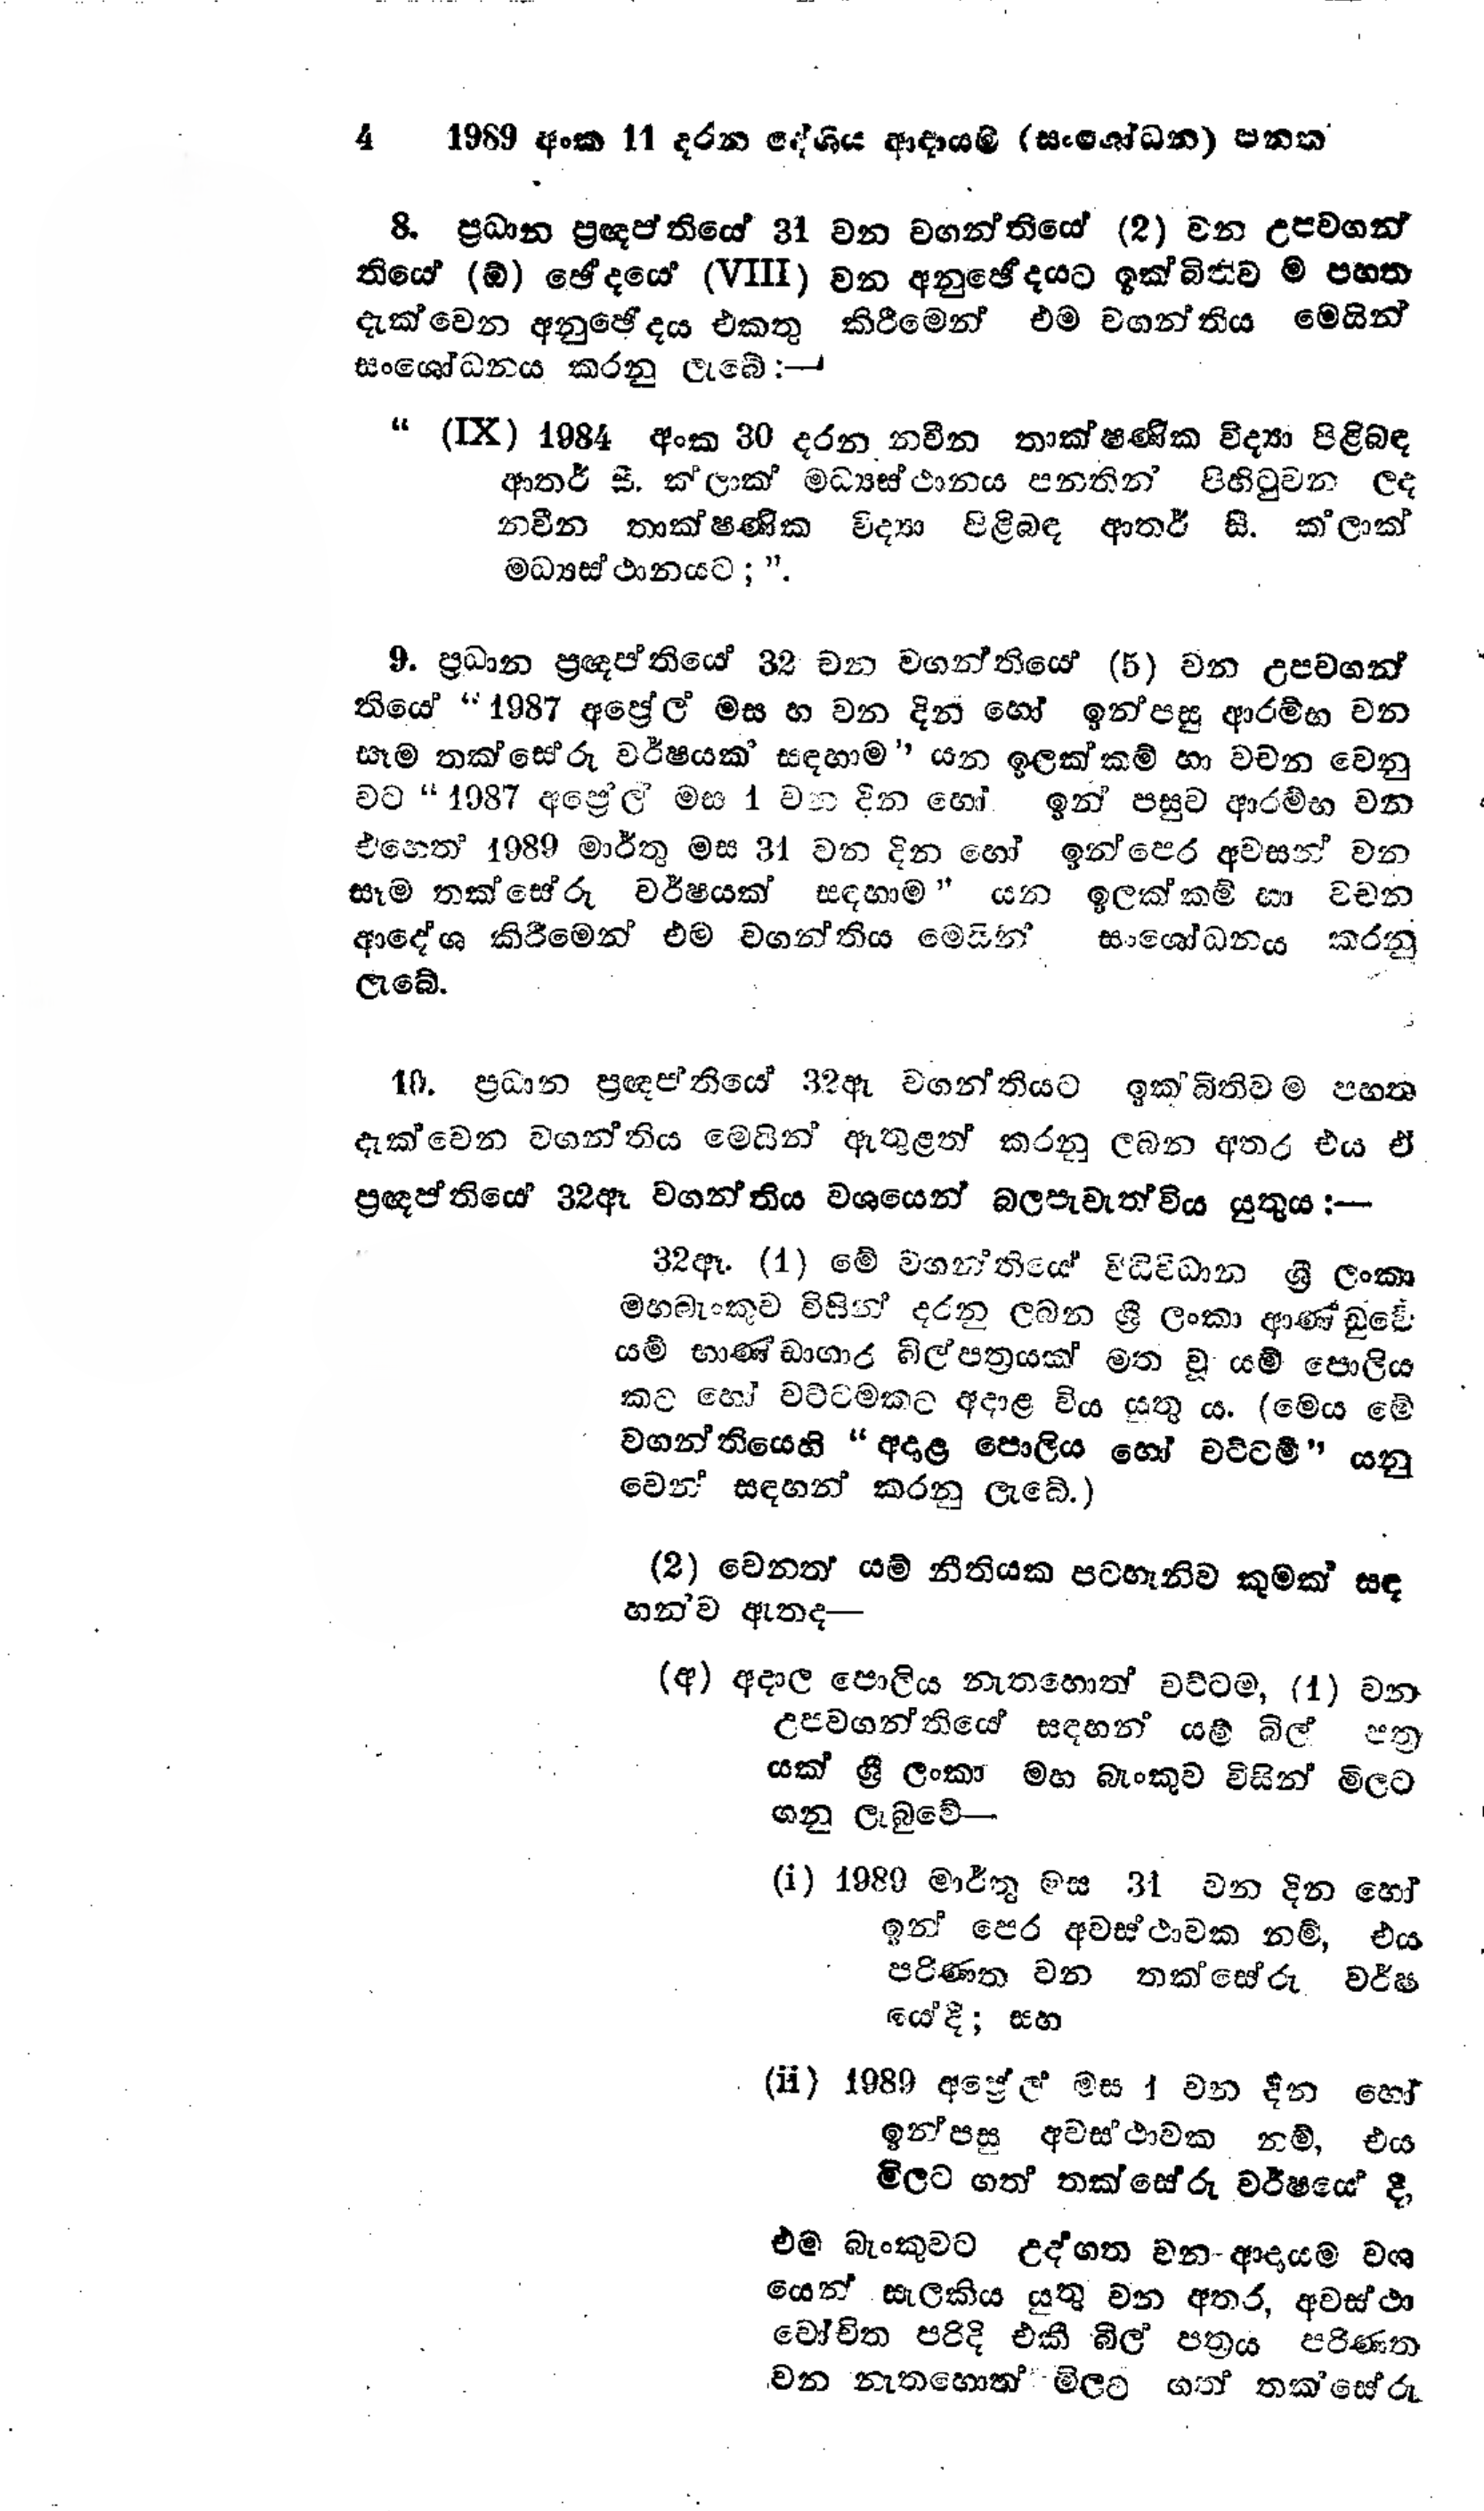
4 1989 අංක 11 දරන දේශීය ආදායම් (සංශෝධන) පනත

8. ප්‍රධාන ප්‍රඥප්තියේ 32 වන වගන්තියේ (2) වන උපවගන්
තියේ ( ඕ) ඡේදයේ (VIII) වන අනුඡේදයට ඉක්බිතිව ම පහත
දැක්වෙන අනුඡේදය එකතු කිරීමෙන් එම වගන්තිය මෙයින්
සංශෝධනය කරනු ලැබේ:-

" (IX) 1984 අංක 30 දරන නවීන තාක්ෂණික විද්‍යා පිළිබඳ
ආතර් සී. ක්ලාක් මධ්‍යස්ථානය පනතින් පිහිටුවන ලද
නවීන තාක්ෂණික විද්‍යා පිළිබඳ ආතර් සී. ක්ලාක්
මධ්‍යස්ථානයට; "

9. ප්‍රධාන ප්‍රඥප්තියේ 32 වන වගන්තියෙ (5) වන උපවගන්
තියෙ "1987 අප්‍රේල් මස හ වන දින හෝ ඉන්පසු ආරම්භ වන
සෑම තක්සේරු වර්ෂයක් සඳහාම " යන ඉලක්කම් හා වචන වෙනු
වට “1987 අප්‍රේල් මස 1 වන දින හෝ ඉන් පසුව ආරම්භ වන
එහෙත් 1989 මාර්තු මස 31 වන දින හෝ ඉන් පෙර අවසන් වන
සෑම තක්සේරු වර්ෂයක් සඳහාම" යන ඉලක්කම් හා වචන
ආදේශ කිරීමෙන් එම වගන්තිය මෙයින් සංශෝධනය කරනු
ලැබේ.

10. ප්‍රධාන ප්‍රඥප්තියේ 32 ඇ වගන්තියට ඉකබිතිවම පහත
දැක්වෙන වගන්තිය මෙයින් ඇතුළත් කරනු ලබන අතර එය ඒ
ප්‍රඥප්තියේ 32 ඈ වගන්තිය වශයෙන් බල පැවැත්විය යුතුය :-

32ඈ. (1) මේ වගන්තියේ විධිවිධාන ශ්‍රී ලංකා
මහ බැංකුව විසින් දරනු ලබන ශ්‍රී ලංකා ආණ්ඩුවේ
යම් භාණ්ඩාගාර බිල්පත්‍රයක් මත වූ යම් පොලිය
කට හෝ වට්ටමකට අදාළ විය යුතු ය. (මෙය මේ
වගන්තියෙහි අදාළ පොලිය හෝ වට්ටම් " යනු
වෙන් සඳහන් කරනු ලැබේ.)

(2) වෙනත් යම් නීතියක පටහැනිව කුමක් සඳ
හන්ව ඇතද—

(අ) අදාල පොලිය නැතහොත් වට්ටම, (1) වන
උපවගන්තියේ සඳහන් යම් බිල් පත්‍ර
යක් ශ්‍රී ලංකා මහ බැංකුව විසින් මිලට
ගනු ලැබුවේ-

(i) 1989 මාර්තු මස 31 වන දින හෝ
ඉන් පෙර අවස්ථාවක නම්, එය
පරිණත වන තක්සේරු වර්ෂ
යෙදී; සහ

(ii) 1989 අප්‍රේල් මස 1 වන දින හෝ
ඉන්පසු අවසථාවක නම්, එය
මිලට ගත් තක්සේරු වර්ෂයේ දී,

එම බැංකුවට උද්ගත වන ආදායම වශ
යෙන් සැලකිය යුතු වන අතර, අවස්ථා
වෝචිත පරිදි එකී බිල් පත්‍රය පරිණත
වන නැතහොත් මිලට ගත් තක්සේරු